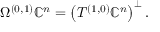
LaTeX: \Omega ^ { ( 0 , 1 ) } \mathbb { C } ^ { n } = \left( T ^ { ( 1 , 0 ) } \mathbb { C } ^ { n } \right) ^ { \bot } .